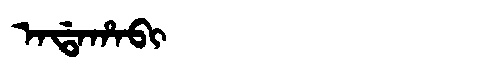
Manchu: ᠠᡩᠠᡥᠠᠪᡳ
Romanization: ADAHABI